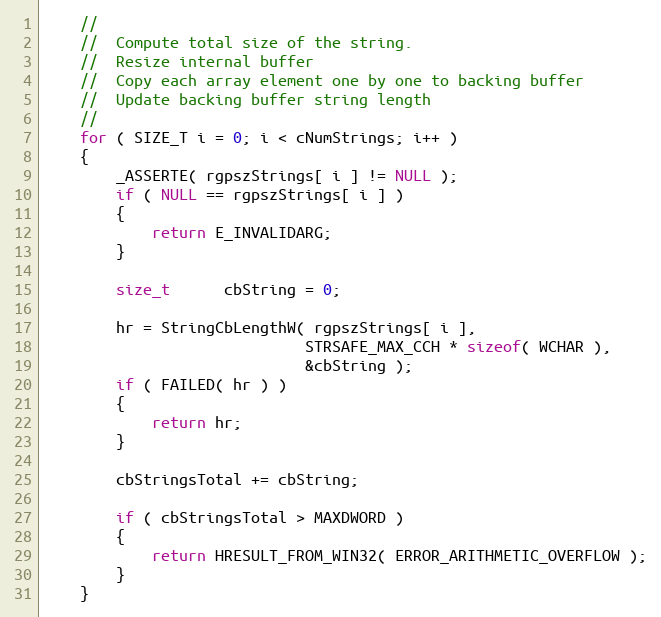
Language: C++
    //
    //  Compute total size of the string.
    //  Resize internal buffer
    //  Copy each array element one by one to backing buffer
    //  Update backing buffer string length
    //
    for ( SIZE_T i = 0; i < cNumStrings; i++ )
    {
        _ASSERTE( rgpszStrings[ i ] != NULL );
        if ( NULL == rgpszStrings[ i ] )
        {
            return E_INVALIDARG;
        }

        size_t      cbString = 0;

        hr = StringCbLengthW( rgpszStrings[ i ],
                             STRSAFE_MAX_CCH * sizeof( WCHAR ),
                             &cbString );
        if ( FAILED( hr ) )
        {
            return hr;
        }

        cbStringsTotal += cbString;

        if ( cbStringsTotal > MAXDWORD )
        {
            return HRESULT_FROM_WIN32( ERROR_ARITHMETIC_OVERFLOW );
        }
    }